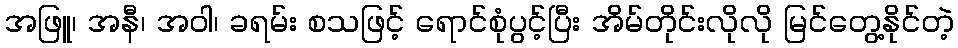
အဖြူ၊ အနီ၊ အဝါ၊ ခရမ်း စသဖြင့် ရောင်စုံပွင့်ပြီး အိမ်တိုင်းလိုလို မြင်တွေ့နိုင်တဲ့